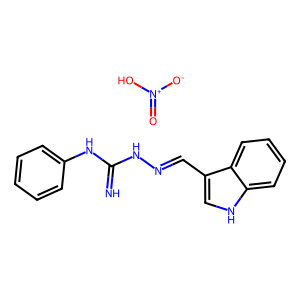
SMILES: N=C(NN=Cc1c[nH]c2ccccc12)Nc1ccccc1.O=[N+]([O-])O
Inhibits HIV replication: No